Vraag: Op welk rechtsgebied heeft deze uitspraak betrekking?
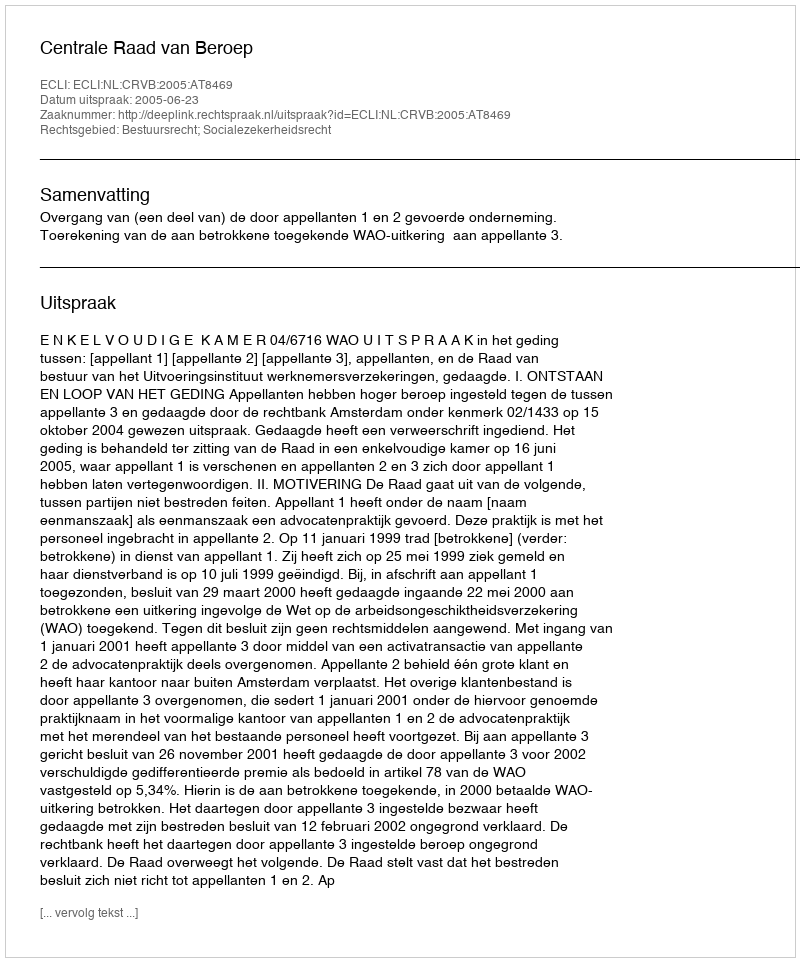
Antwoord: Bestuursrecht; Socialezekerheidsrecht